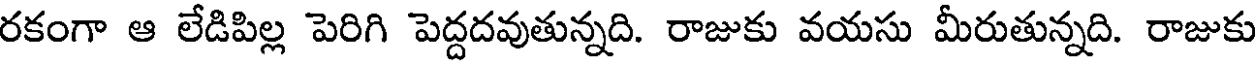
రకంగా ఆ లేడిపిల్ల పెరిగి పెద్దదవుతున్నది. రాజుకు వయసు మీరుతున్నది. రాజుకు